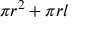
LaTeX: \pi r ^ { 2 } + \pi r l